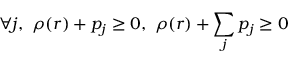
\forall j , \, \, \rho ( r ) + p _ { j } \geq 0 , \, \, \rho ( r ) + \sum _ { j } p _ { j } \geq 0